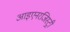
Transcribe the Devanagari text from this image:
आइएनरजिस्ट्री